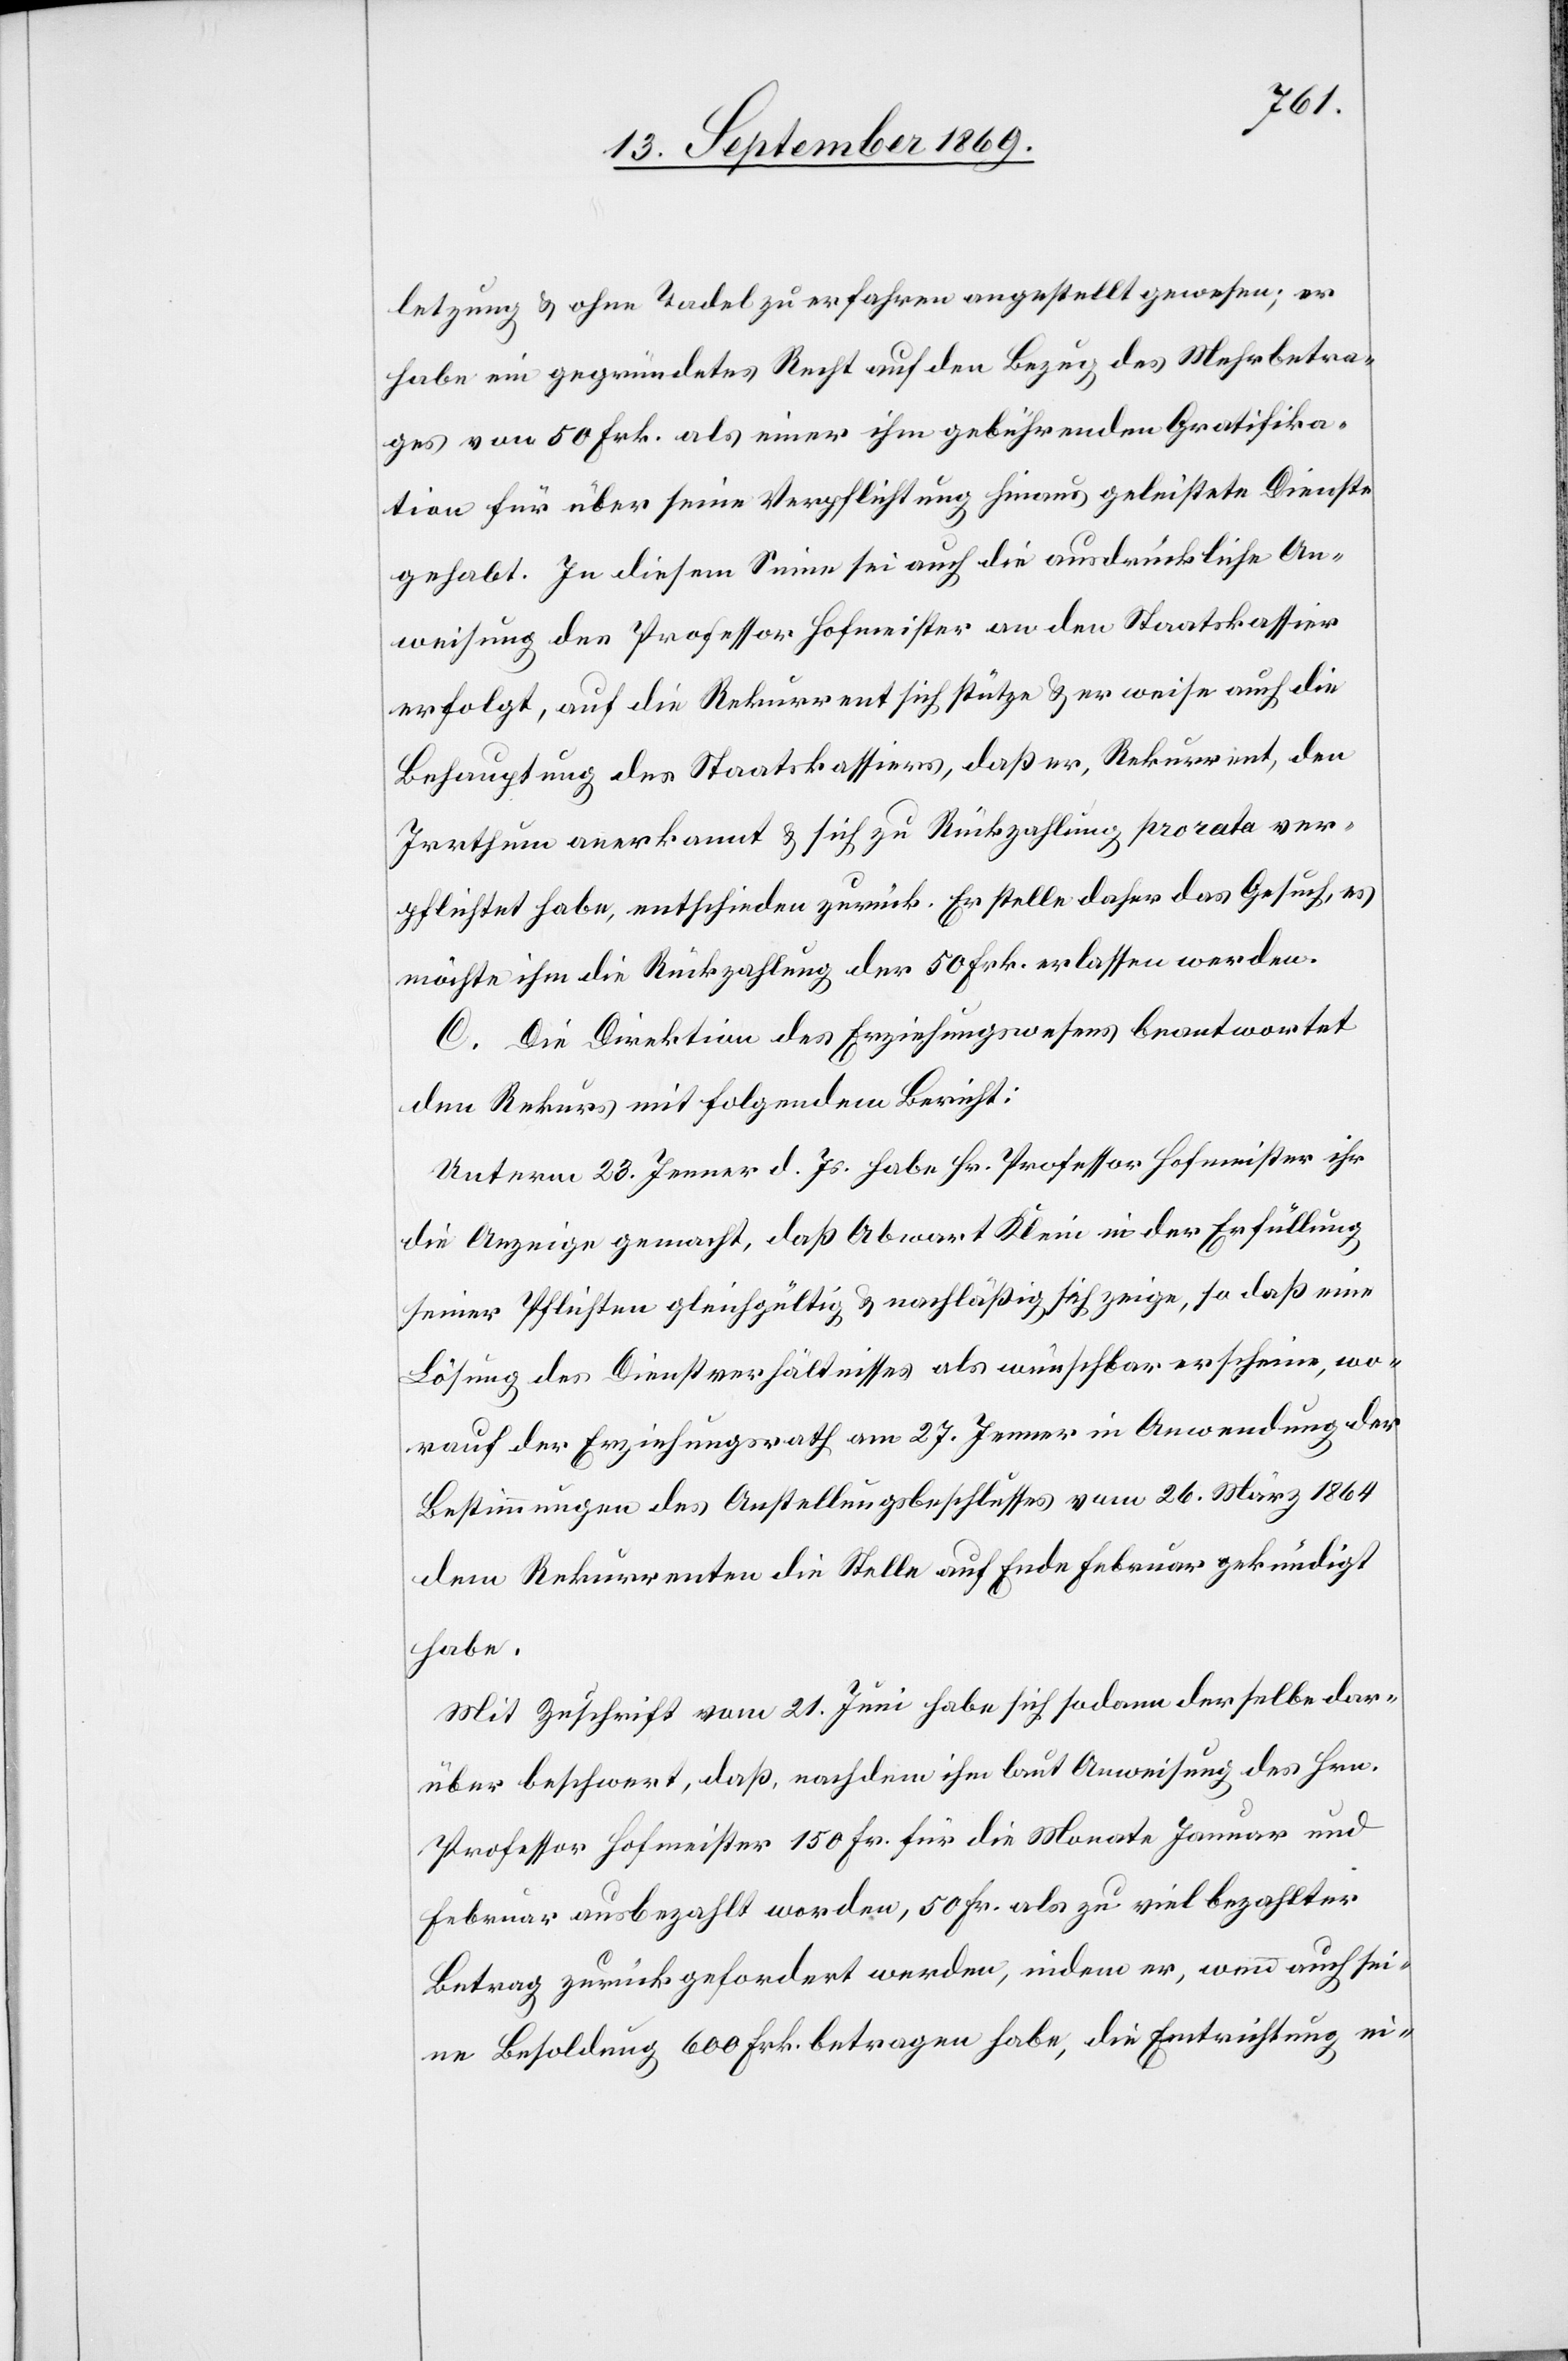
letzung & ohne Tadel zu erfahren angestellt gewesen; er
habe ein gegründetes Recht auf den Bezug des Mehrbetra¬
ges von 50 Frk. als einer ihm gebührenden Gratifika¬
tion für über seine Verpflichtung hinaus geleistete Dienste
gehabt. In diesem Sinne sei auch die ausdrückliche An¬
weisung des Professor Hofmeister an den Staatskassier
erfolgt, auf die Rekurrent sich stütze & er weise auch die
Behauptung des Staatskassiers, daß er, Rekurrent, den
Irrthum anerkannt & sich zu Rückzahlung pro rata ver¬
pflichtet habe, entschieden zurück. Er stelle daher das Gesuch, es
möchte ihm die Rückzahlung der 50 Frk. erlassen werden.
C. Die Direktion des Erziehungswesens beantwortet
den Rekurs mit folgendem Bericht:
Unterm 23. Jenner d. Js. habe Hr. Professor Hofmeister ihr
die Anzeige gemacht, daß Abwart Klein in der Erfüllung
seiner Pflichten gleichgültig & nachläßig sich zeige, so daß eine
Lösung des Dienstverhältnisses als wünschbar erscheine, wo¬
rauf der Erziehungsrath am 27. Jenner in Anwendung der
Bestimmungen des Anstellungsbeschlusses vom 26. März 1864
dem Rekurrenten die Stelle auf Ende Februar gekündigt
habe.
Mit Zuschrift vom 21. Juni habe sich sodann derselbe dar¬
über beschwert, daß, nachdem ihm laut Anweisung des Hrn.
Professor Hofmeister 150 Fr. für die Monate Januar und
Februar ausbezahlt worden, 50 Fr. als zu viel bezahlter
Betrag zurückgefordert werden, indem er, wenn auch sei¬
ne Besoldung 600 Frk. betragen habe, die Entrichtung ei-